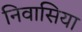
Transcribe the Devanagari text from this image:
निवासिया